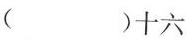
()十六